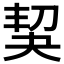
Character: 𠜵